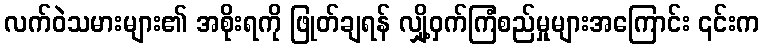
လက်ဝဲသမားများ၏ အစိုးရကို ဖြုတ်ချရန် လျှို့ဝှက်ကြံစည်မှုများအကြောင်း ၎င်းက